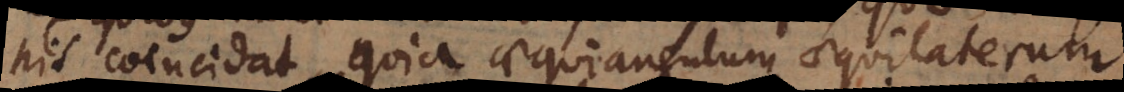
his coincidat, quia aequiangulum aequilaterum